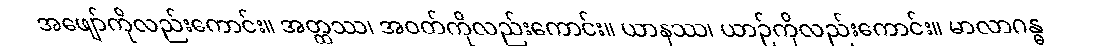
အဖျော်ကိုလည်းကောင်း။ အတ္ထဿ၊ အဝတ်ကိုလည်းကောင်း။ ယာနဿ၊ ယာဉ်ကိုလည်းကောင်း။ မာလာဂန္ဓ